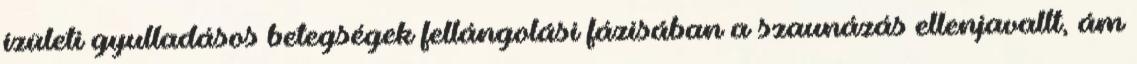
ízületi gyulladásos betegségek fellángolási fázisában a szaunázás ellenjavallt, ám